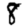
Digit: 8